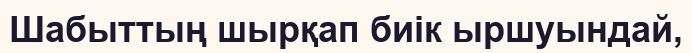
Шабыттың шырқап биік ыршуындай,